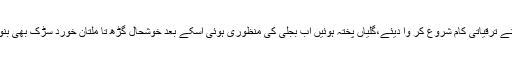
اب ن لیگ نے ترقیاتی کام شروع کر وا دیئے،گلیاں پختہ ہوئیں اب بجلی کی منظوری ہوئی اسکے بعد خوشحال گڑھ تا ملتان خورد سڑک بھی بنوا ئی جائے۔